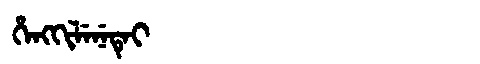
Manchu: ᡥᡝᠩᡴᡳᠯᡝᠨᡝᡨᡝᡳ
Romanization: HENGKILENETEI